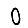
Digit: 0